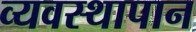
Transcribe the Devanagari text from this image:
व्यवस्थापान